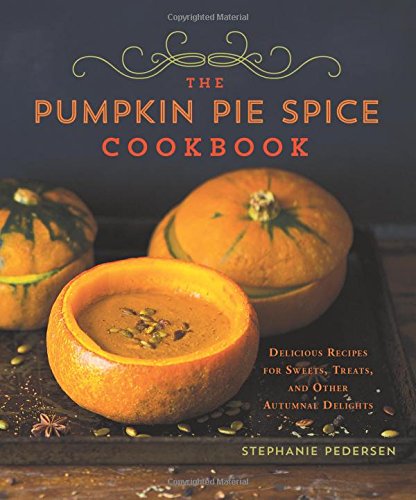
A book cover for The Pumpkin Pie Spice Cookbook: Delicious Recipes for Sweets, Treats, and Other Autumnal Delights; Stephanie Pedersen; Cookbooks, Food & Wine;